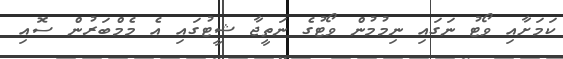
ކަމަށާއި ވޯޓު ނަގައި ނިމުމުން ވޯޓުގެ ނަތީޖާ ޝީޓުގައި އެ މެމްބަރުން ސޮއި